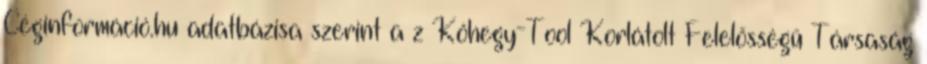
Céginformáció.hu adatbázisa szerint a z Kőhegy-Tool Korlátolt Felelősségű Társaság